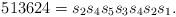
LaTeX: \begin{align*}513624 = s_2 s_4 s_5 s_3 s_4 s_2 s_1.\end{align*}